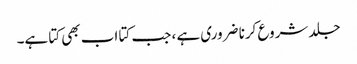
جلد شروع کرنا ضروری ہے ، جب کتا اب بھی کتا ہے۔